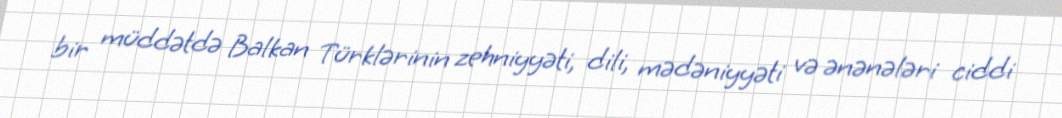
bir müddətdə Balkan Türklərinin zehniyyəti, dili, mədəniyyəti və ənənələri ciddi